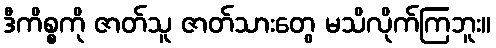
ဒီကိစ္စကို ဇာတ်သူ ဇာတ်သားတွေ မသိလိုက်ကြဘူး။